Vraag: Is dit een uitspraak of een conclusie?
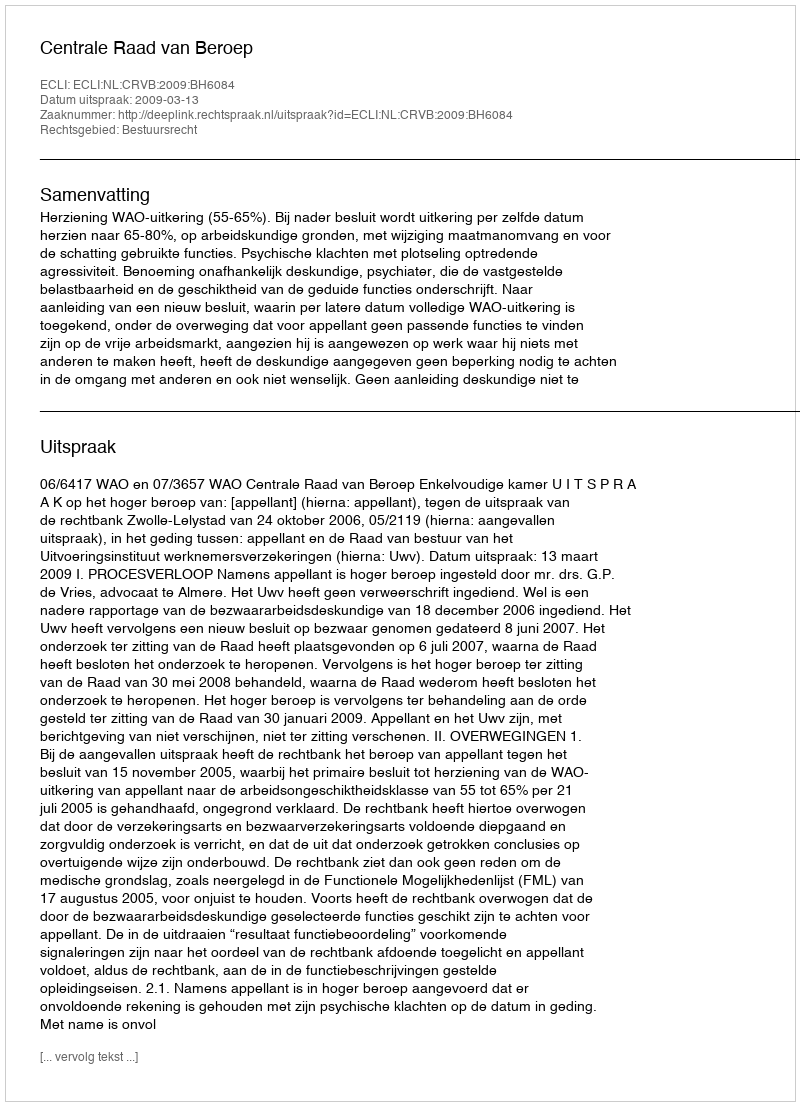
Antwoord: Uitspraak